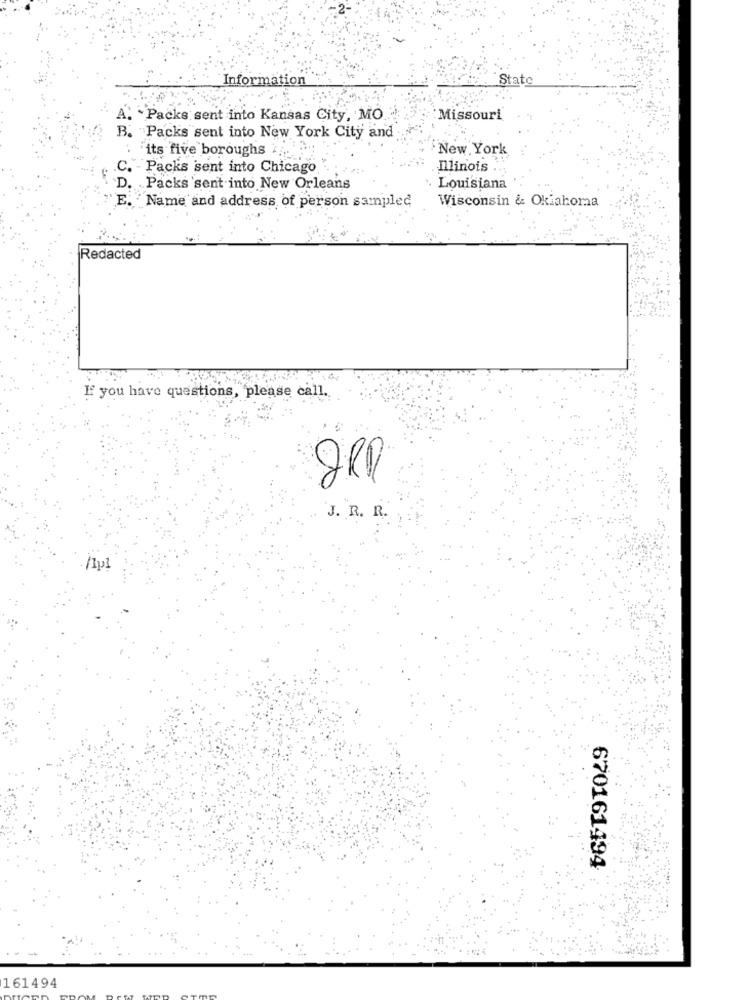
Information
State
A. Packs sent into Kansas City, MO
:Missouri
B. Packs sent into New York City and
its five boroughs 4.
New York
C. - Packs sent into Chicago
Illinois ..
D.
Packs sent into New Orleans
Louisiana
E. Name and address of person sampled
Wisconsin & Oklahoma
Redacted
If you have questions, please call.
J. R. R.
670161494
161494